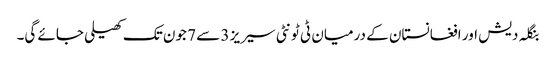
بنگلہ دیش اور افغانستان کے درمیان ٹی ٹونٹی سیریز 3 سے 7 جون تک کھیلی جائے گی۔